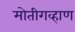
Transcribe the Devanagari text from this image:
मोतीगव्हाण